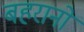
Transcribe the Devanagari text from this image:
बहरानों